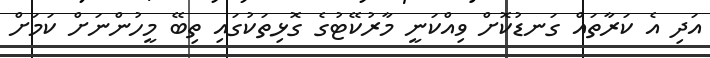
އަދި އެ ކަރާތައް ގަނޑުކޮށް ވިއްކަނީ މާރުކޭޓުގެ ގޮޅިތަކުގައި ތިބޭ މީހުންނަށް ކަމަށް